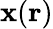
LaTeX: \mathbf{x}(\mathbf{r})